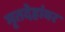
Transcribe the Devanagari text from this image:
मृतदेहांवर